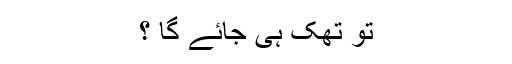
تو تھک ہی جائے گا ؟